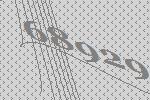
68929